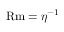
\mathrm { R m } = \eta ^ { - 1 }